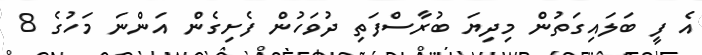
އެ ފީ ބަލައިގަތުން މިދިޔަ ބުރާސްފަތި ދުވަހުން ފެށިގެން އަންނަ މަހުގެ 8